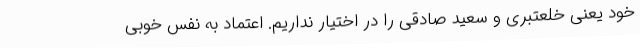
خود یعنی خلعتبری و سعید صادقی را در اختیار نداریم. اعتماد به نفس خوبی